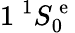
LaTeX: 1\ ^{1}S_{0}^{\mathrm{~e~}}